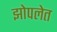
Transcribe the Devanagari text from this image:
झोपलेत